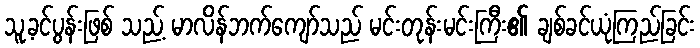
သူ့ခင်ပွန်းဖြစ် သည့် မာလိန်ဘက်ကျော်သည် မင်းတုန်းမင်းကြီး၏ ချစ်ခင်ယုံကြည်ခြင်း